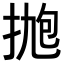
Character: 𪭹